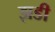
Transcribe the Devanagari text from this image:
झडी